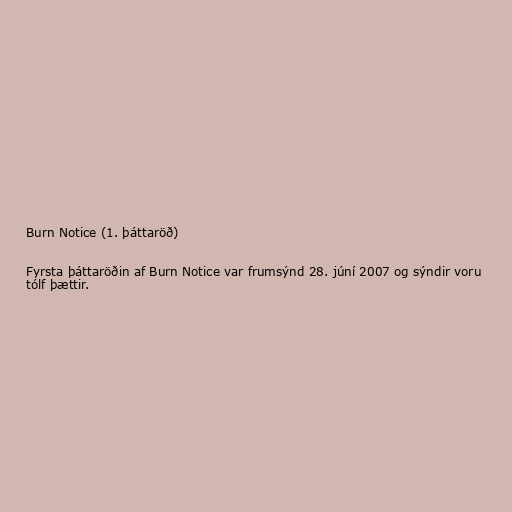
Burn Notice (1. þáttaröð)

Fyrsta þáttaröðin af Burn Notice var frumsýnd 28. júní 2007 og sýndir voru
tólf þættir.